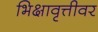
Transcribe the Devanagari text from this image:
भिक्षावृत्तीवर